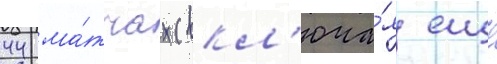
44 ма́тчах (вкл'юча́я еще